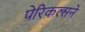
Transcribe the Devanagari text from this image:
पेरिकल्सने